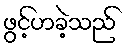
ဖွင့်ဟခဲ့သည်